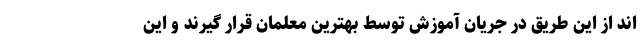
اند از این طریق در جریان آموزش توسط بهترین معلمان قرار گیرند و این